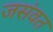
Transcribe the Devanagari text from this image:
जसंवत